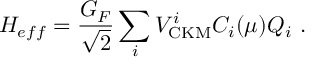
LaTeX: { \cal H } _ { e f f } = \frac { G _ { F } } { \sqrt { 2 } } \sum _ { i } V _ { \mathrm { C K M } } ^ { i } C _ { i } ( \mu ) Q _ { i } ~ .